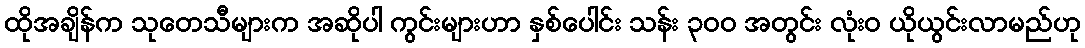
ထိုအချိန်က သုတေသီများက အဆိုပါ ကွင်းများဟာ နှစ်ပေါင်း သန်း ၃၀၀ အတွင်း လုံးဝ ယိုယွင်းလာမည်ဟု